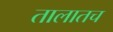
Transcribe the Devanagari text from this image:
तालातच